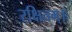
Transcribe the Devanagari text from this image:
रक्षितम्॥